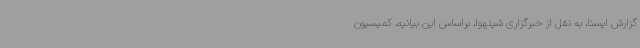
گزارش ایسنا، به نقل از خبرگزاری شینهوا، براساس این بیانیه، کمیسیون